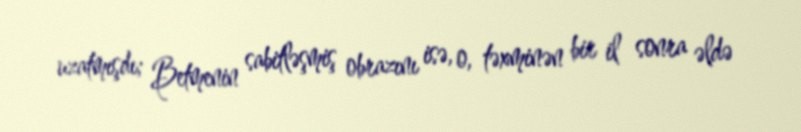
uzatmışdı; Betmenin sabitləşmiş obrazını isə, o, təxminən bir il sonra əldə